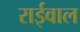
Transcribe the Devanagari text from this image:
राईवाल